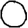
Digit: 0